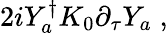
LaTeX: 2iY_{a}^{\dagger}K_{0}\partial_{\tau}Y_{a}\; ,